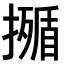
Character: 𭢣